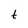
Character: t